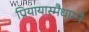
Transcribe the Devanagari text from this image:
प्रियायास्मैधाम्ने